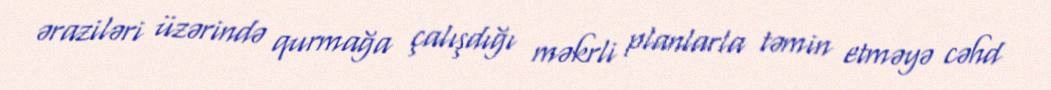
əraziləri üzərində qurmağa çalışdığı məkrli planlarla təmin etməyə cəhd